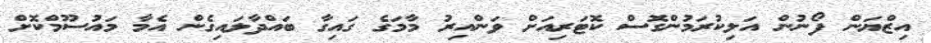
އިޒްޔަން ފޯނުން އަލިކުރަމުންގޮސް ކޮޓަރިއަށް ވަންއިރު މާމަގެ ގައިގާ ބައްދާލައިގެން އެމާ މައުސޫމްކޮށް